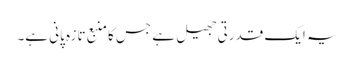
یہ ایک قدرتی جھیل ہے جس کا منبع تازہ پانی ہے۔